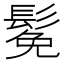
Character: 𫙁